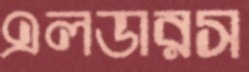
এলডারস